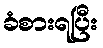
ခံစားရပြီး